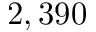
2 , 3 9 0